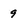
Character: 9